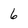
Character: 6